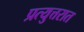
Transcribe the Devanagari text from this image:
प्रत्युत्तरात